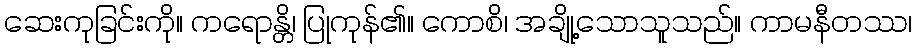
ဆေးကုခြင်းကို။ ကရောန္တိ၊ ပြုကုန်၏။ ကောစိ၊ အချို့သောသူသည်။ ကာမနီတဿ၊